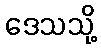
ဒေသသို့